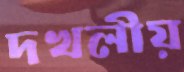
দখলীয়